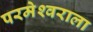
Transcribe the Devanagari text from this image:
परमेश्‍वराला